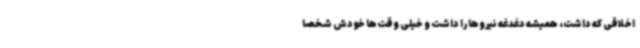
اخلاقی که داشت، همیشه دغدغه نیروها را داشت و خیلی وقت‌ها خودش شخصاً